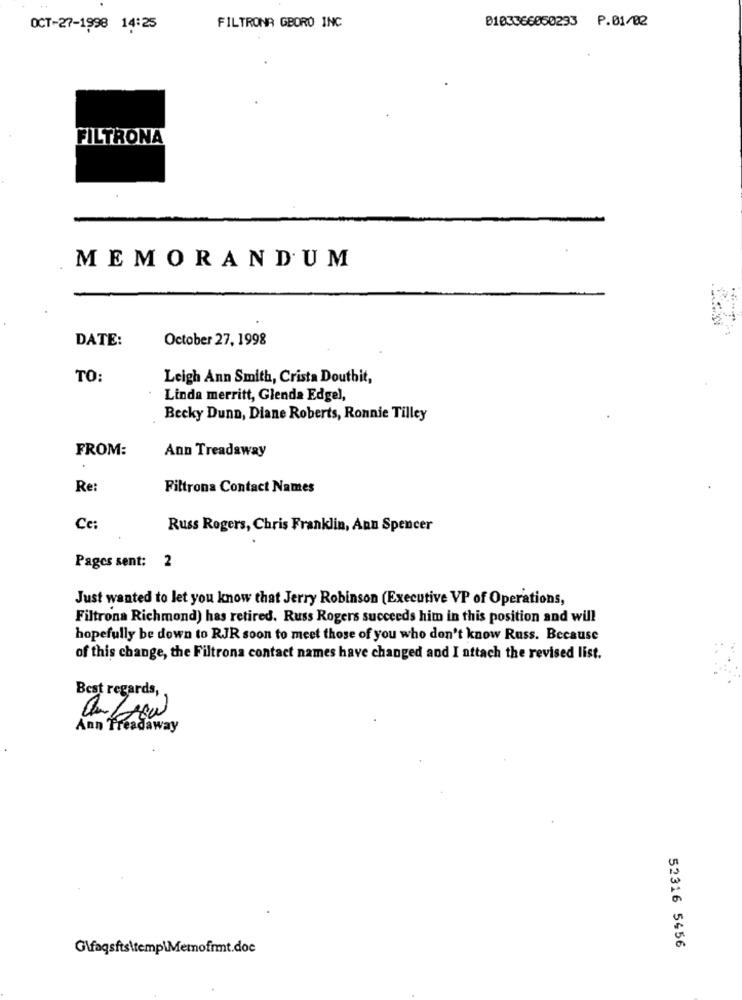
FILTRONA GBORO INC
0103366050293
P.01/02
OCT-27-1998 14:25
FILTRONA
MEMORANDUM
DATE:
October 27, 1998
TO:
Leigh Ann Smith, Crista Doutbit,
Linda merritt, Glenda Edgel,
Becky Dunn, Diane Roberts, Ronnie Tilley
FROM:
Ann Treadaway
Re:
Filtrona Contact Names
Ce:
Russ Rogers, Chris Franklin, Ann Spencer
Pages sent: 2
Just wanted to let you know that Jerry Robinson (Executive VP of Operations,
Filtrona Richmond) has retired. Russ Rogers succeeds him in this position and will
hopefully be down to RJR soon to meet those of you who don't know Russ. Because
of this change, the Filtrona contact names have changed and I attach the revised list.
Best regards,
Ann Treadaway
G\faqsfts\temp\Memofnmt.doc
52316 5456